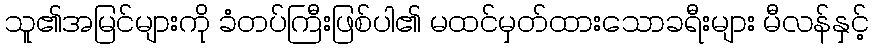
သူ၏အမြင်များကို ခံတပ်ကြီးဖြစ်ပါ၏ မထင်မှတ်ထားသောခရီးများ မီလန်နှင့်